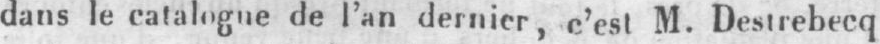
dans le catalogue de l’an dernier, c’est M. Destrebecq